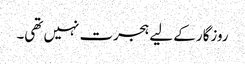
روزگار کے لیے ہجرت نہیں تھی۔